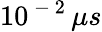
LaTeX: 10^{\mathrm{~-~2~}}\mu s